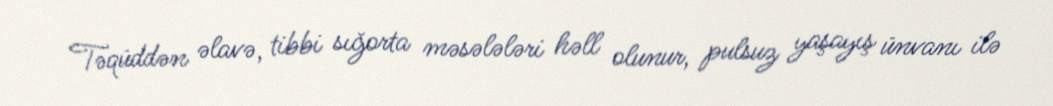
Təqüddən əlavə, tibbi sığorta məsələləri həll olunur, pulsuz yaşayış ünvanı ilə